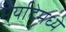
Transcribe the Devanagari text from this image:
मर्यादेमध्ये